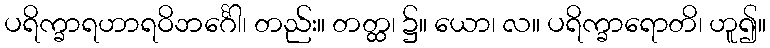
ပရိက္ခာရဟာရဝိဘင်္ဂေါ၊ တည်း။ တတ္ထ၊ ၌။ ယော၊ လ။ ပရိက္ခာရောတိ၊ ဟူ၍။